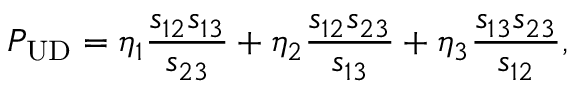
P _ { \mathrm { U D } } = \eta _ { 1 } \frac { s _ { 1 2 } s _ { 1 3 } } { s _ { 2 3 } } + \eta _ { 2 } \frac { s _ { 1 2 } s _ { 2 3 } } { s _ { 1 3 } } + \eta _ { 3 } \frac { s _ { 1 3 } s _ { 2 3 } } { s _ { 1 2 } } ,